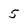
Character: 5